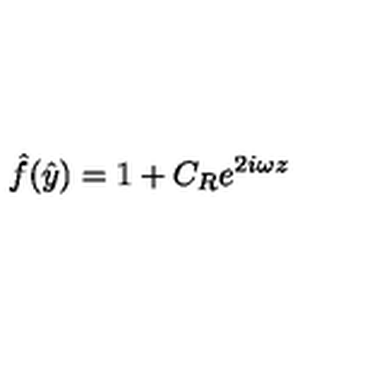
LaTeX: \hat { f } ( \hat { y } ) = 1 + C _ { R } e ^ { 2 i \omega z }